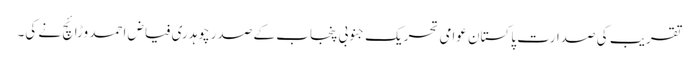
تقریب کی صدارت پاکستان عوامی تحریک جنوبی پنجاب کے صدر چوہدری فیاض احمد وڑائچ نے کی۔